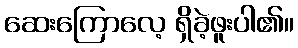
ဆေးကြောလေ့ ရှိခဲ့ဖူးပါ၏။